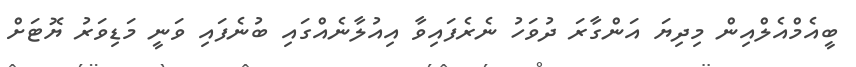
ބީއެމްއެލްއިން މިދިޔަ އަންގާރަ ދުވަހު ނެރެފައިވާ އިއުލާނެއްގައި ބުނެފައި ވަނީ މަޑިވަރު ޔޮޓަށް